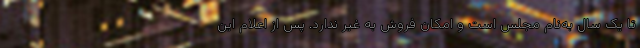
تا یک سال به‌نام مجلس است و امکان فروش به غیر ندارد. پس از اعلام این